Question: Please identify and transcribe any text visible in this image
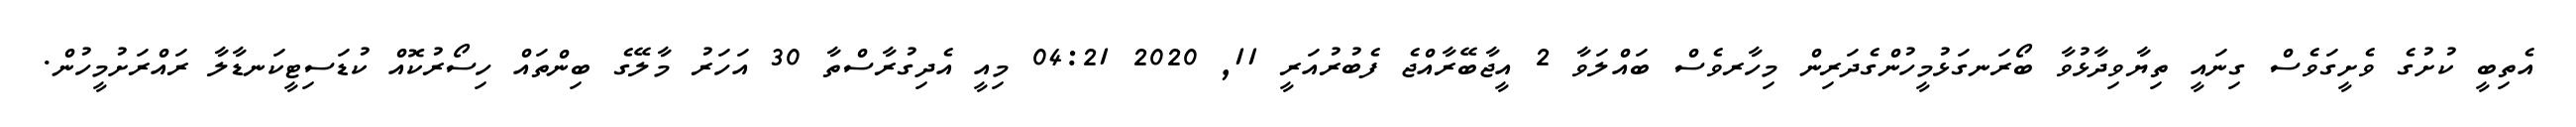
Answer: އެތިބީ ކުށުގެ ވެށީގަވެސް ގިނައީ ތިޔާވިދާޅުވާ ބޯރަނގަޅުމީހުންގެދަރިން މިހާރވެސް ބައްލަވާ 2 އީޖާބޭރާއްޖެ ފެބުރުއަރީ 11, 2020 04:21 މިއީ އެދިގުރާސްތާ 30 އަހަރު މާލޭގެ ބިންތައް ހިސޯރުކޮއް ކުޑަސިޓީކަނޑާލާ ރައްރަށުމީހުން.